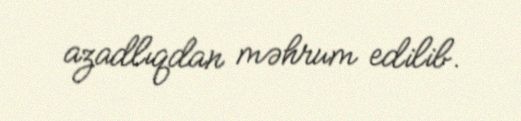
azadlıqdan məhrum edilib.